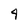
Character: 4